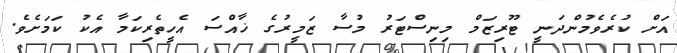
އަށް ކުރެވެމުންދަނީ ޓޫރިޒަމް މިނިސްޓަރު މުސާ ޒަމީރުގެ ޚާއްސަ އެހީތެރިކަމާ އެކު ކަމަށެވެ.